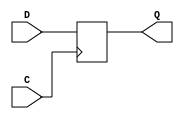
module DFF_X1 #(parameter WIDTH=32)(C, D, Q);
input C;
input [WIDTH-1:0] D;
output reg [WIDTH-1:0] Q;

always @(posedge C)
	Q <= D;

endmodule